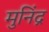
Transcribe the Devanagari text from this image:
मुनिंद्र